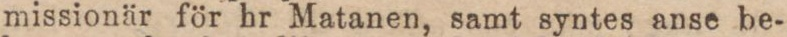
missionär för hr Matanen, samt syntes anse be-